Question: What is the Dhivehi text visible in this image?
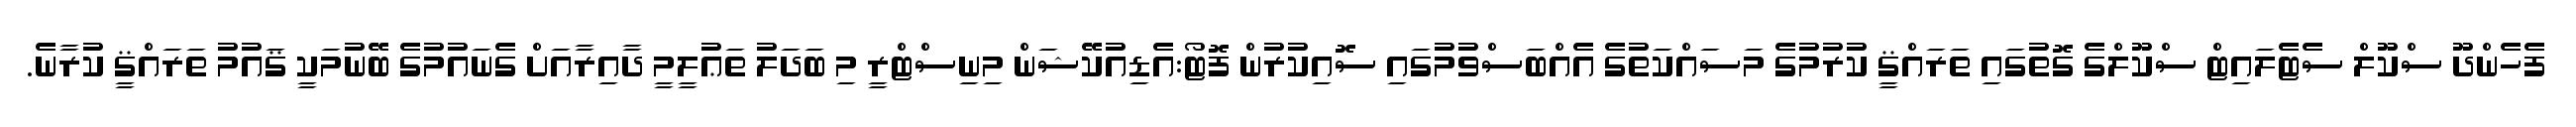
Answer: ފެހެންދޫ ސްކޫލް ސެޓެލައިޓް ސްކޫލްގެ ގޮތުގައި ތަރައްޤީ ކުރުމުގެ މަސައްކަތުގެ އެއްބަސްވުމުގައި ސޮއިކުރުން ފޮޓޯ:އެޑިއުކޭޝަން މިނިސްޓްރީ މި ބަދަލު ތަޢުލީމީ ދާއިރާއަށް ގެނައުމުގެ ބޭނުމަކީ ޤައުމު ތަރައްޤީ ކުރާނެ.